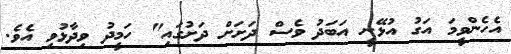
އެހެންވީމަ އަގު އުޅޭނީ އަބަދު ވެސް ދަށަށް ދަށުގައި" ހަމީދު ވިދާޅުވި އެވެ.